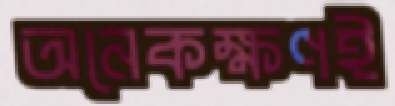
অনেকক্ষণই